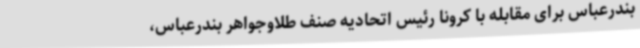
بندرعباس برای مقابله با کرونا رئیس اتحادیه صنف طلاوجواهر بندرعباس،